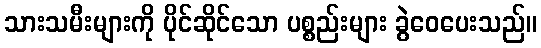
သားသမီးများကို ပိုင်ဆိုင်သော ပစ္စည်းများ ခွဲဝေပေးသည်။